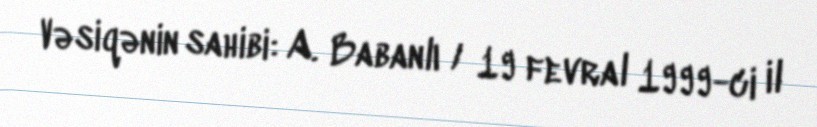
Vəsiqənin sahibi: A. Babanlı / 19 fevral 1999-ci il